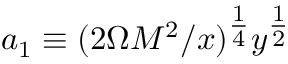
a _ { 1 } \equiv ( 2 \Omega M ^ { 2 } / x ) ^ { \textstyle \frac { 1 } { 4 } } y ^ { \textstyle \frac { 1 } { 2 } }